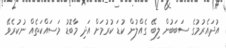
އުދައެރުމުގެ ސަބަބުން ލިބޭ ގެއްލުން ކުޑަ ކުރުމަށް އަދި މާބޮޑު މަސައްކަތެއް ނުކުރެވޭ